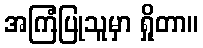
အကြံပြုသူမှာ ရှိုတာ။